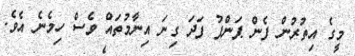
މީގެ އިތުރުން ފެން ޕަންޕު ފަދަ ގިނަ އިނާމުތައް ވެސް ހިމެނެ އެވެ.